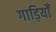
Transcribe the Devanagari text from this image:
गाड़ियोँ